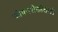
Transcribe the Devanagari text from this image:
जीवनशैलीसाठी